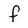
Character: f